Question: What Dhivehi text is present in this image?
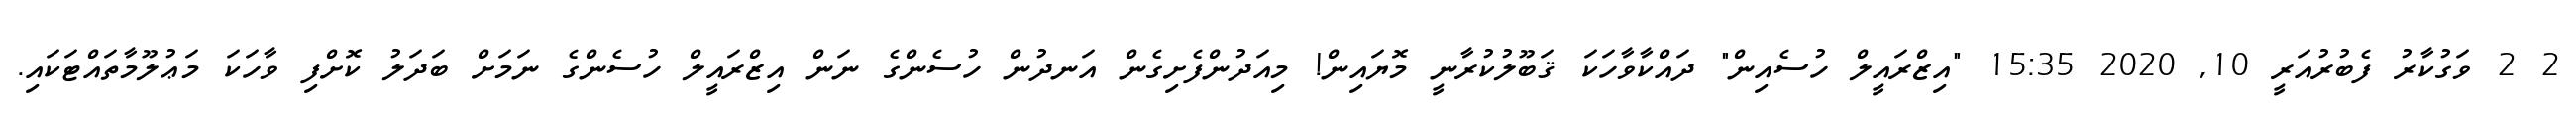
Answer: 2 2 ވަގުކާރު ފެބުރުއަރީ 10, 2020 15:35 "އިޒްރައީލް ހުސެއިން" ދައްކާވާހަކަ ޤަބޫލުކުރާނީ މޮޔައިން! މިއަދުންފެށިގެން އަނދުން ހުސެންގެ ނަން އިޒްރައީލް ހުސެންގެ ނަމަށް ބަދަލު ކޮށްފި ވާހަކަ މަޢުލޫމާތައްޓަކައި.